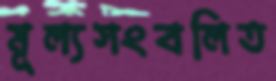
মূল্যসংবলিত